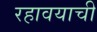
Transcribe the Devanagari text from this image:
रहावयाची